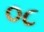
૦૮